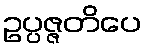
ဥပ္ပဇ္ဇတိပေ